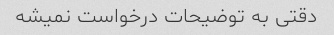
دقتی به توضیحات درخواست نمیشه